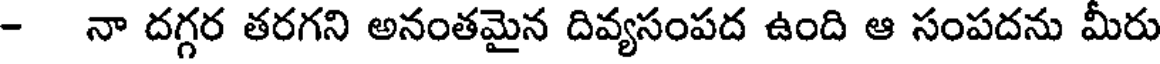
- నా దగ్గర తరగని అనంతమైన దివ్యసంపద ఉంది ఆ సంపదను మీరు